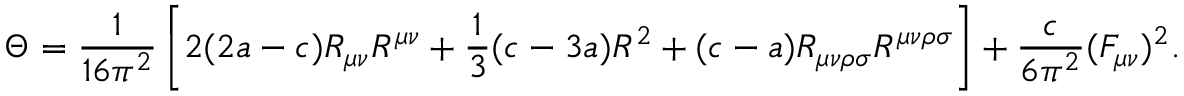
\Theta = { \frac { 1 } { 1 6 \pi ^ { 2 } } } \left[ 2 ( 2 a - c ) R _ { \mu \nu } R ^ { \mu \nu } + { \frac { 1 } { 3 } } ( c - 3 a ) R ^ { 2 } + ( c - a ) R _ { \mu \nu \rho \sigma } R ^ { \mu \nu \rho \sigma } \right] + { \frac { c } { 6 \pi ^ { 2 } } } ( F _ { \mu \nu } ) ^ { 2 } .